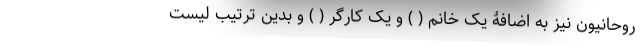
روحانیون نیز به اضافۀ یک خانم ( ) و یک کارگر ( ) و بدین ترتیب لیست